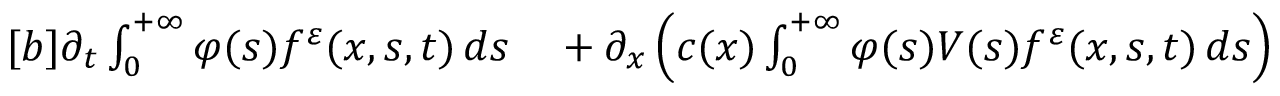
\begin{array} { r } { \begin{array} { r l } { [ b ] \partial _ { t } \int _ { 0 } ^ { + \infty } \varphi ( s ) f ^ { \varepsilon } ( x , s , t ) \, d s } & { { } + \partial _ { x } \left( c ( x ) \int _ { 0 } ^ { + \infty } \varphi ( s ) V ( s ) f ^ { \varepsilon } ( x , s , t ) \, d s \right) } \end{array} } \end{array}